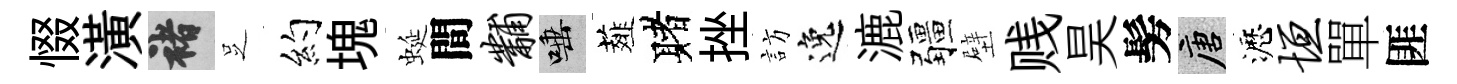
惙潢褚𠯁约塊蜒間黼唾薤赌挫訪逸漉疆壁贱昊髣唐瀝垣單匪